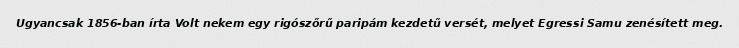
Ugyancsak 1856-ban írta Volt nekem egy rigószőrű paripám kezdetű versét, melyet Egressi Samu zenésített meg.